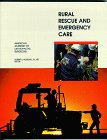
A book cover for Rural Rescue And Emergency Care (Aapg Memoir); American Academy of Orthopaedic Surgeons (AAOS); Medical Books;